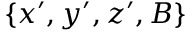
\{ x ^ { \prime } , y ^ { \prime } , z ^ { \prime } , B \}